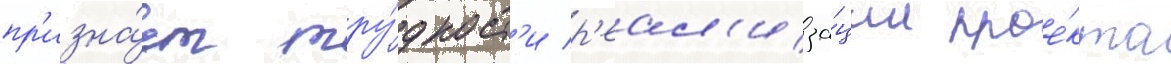
пр'изна́ет тру́дност'и р'еал'иза́ции прое́кта